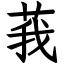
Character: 莪